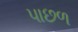
પાછળ